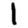
Digit: 1